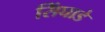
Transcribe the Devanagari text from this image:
सिंघाडे